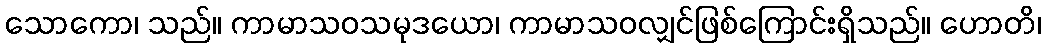
သောကော၊ သည်။ ကာမာသဝသမုဒယော၊ ကာမာသဝလျှင်ဖြစ်ကြောင်းရှိသည်။ ဟောတိ၊